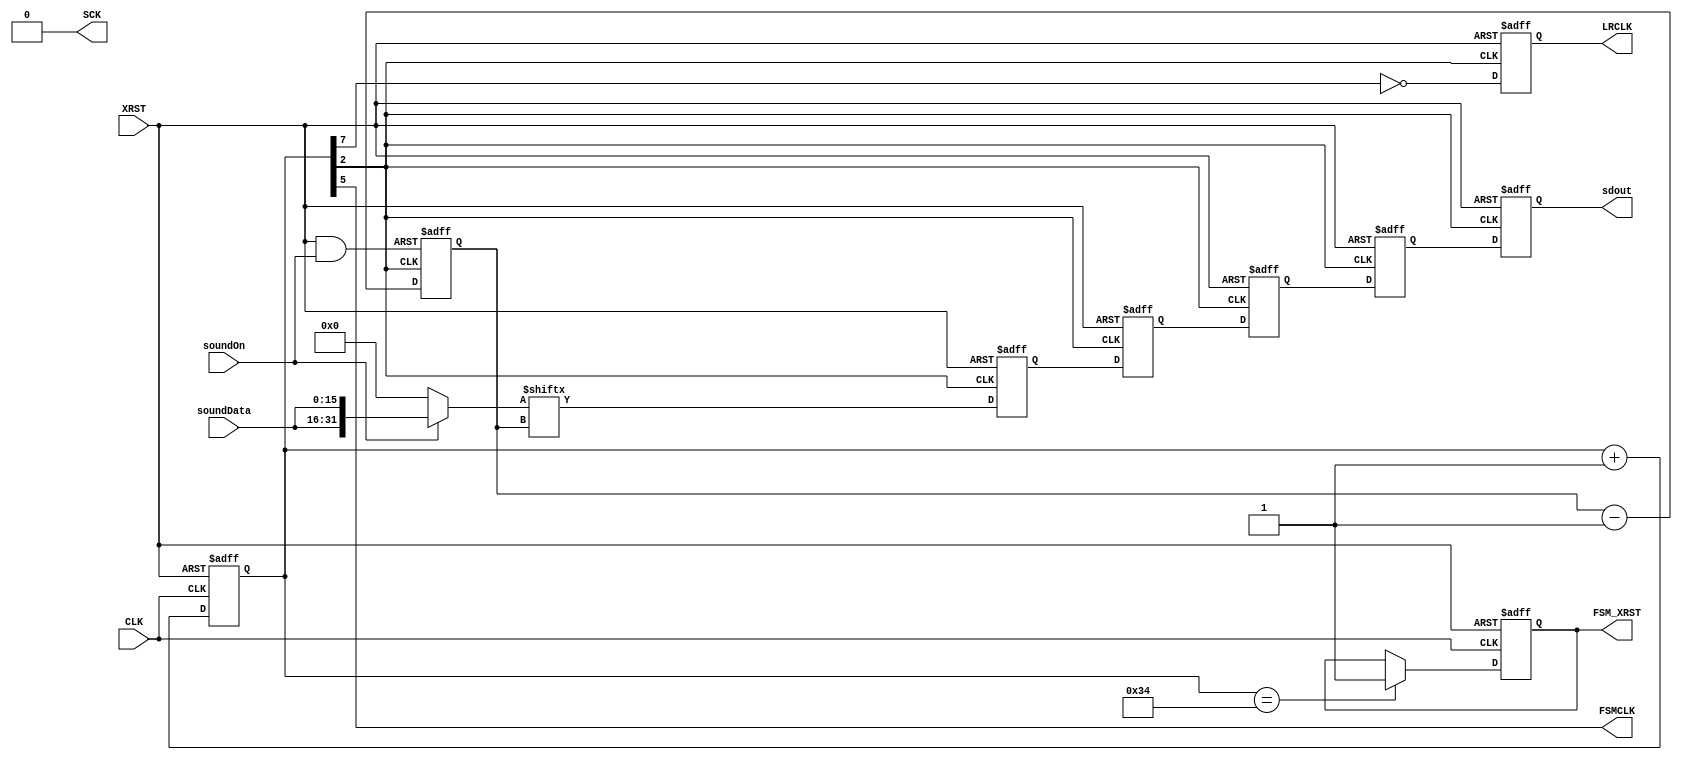
`timescale 1ns/1ns
//
// pararel serial converter
//
module para_seri (
    input CLK,			// 11.2896MHz
    input XRST,
    input wire [15:0] soundData,
    output reg sdout,            // serial sound data
    output reg LRCLK,		// 44.1KHz
    output reg FSMCLK,		// 176.4 KHz
    output reg FSM_XRST,
    input wire soundOn,
    output reg SCK		// 1.41MHz
);
//----------------------------------------------------------------------
reg [7:0] count; // 11.2896MHz free-run counter
                 // 0 -- 5644.8 KHz v}oL
                 // 1 -- 2822.4 KHz
                 // 2 -- 1411.2 KHz (SCLK=BCLK)
		 // 3 --  705.6 KHz
		 // 4 --  352.8 KHz 
		 // 5 --  176.4 KHz (FSMCLK)
		 // 6 --   88.2 KHz
		 // 7 --   44.1 KHz (LRCLK)

/*
vv	v}	
	11.290	        11.2896	MHz
	 5.645	         5.6448	MHz
	 2.8225	         2.8224	MHz
 	 1.41125         1.4112	MHz
       705.625	       705.6	KHz
       352.8125	       352.8	KHz
       176.40625       176.4	KHz
	88.203125       88.2	KHz
	44.1015625      44.1	KHz
*/

wire [31:0] sound;
wire [15:0] lsound, rsound;
reg sdout1, sdout2, sdout3, sdout4;

assign lsound = soundData;
assign rsound = soundData;

reg [4:0] sc;  // 0,1,...,31; serial data position in 32bit data
reg SCLK;		// 1.41MHz

always @(posedge CLK or negedge XRST)
begin
   if (~XRST) begin
      count <= #1 0;
      FSM_XRST <= #1 0;
   end else begin
      count <= #1 count + 1;
      if (count == 'h34)
      FSM_XRST <= #1 1;
   end
end

always @* begin
   SCK <= #1 1'b0;  // Internal Clock Mode
   SCLK <= #1 count[2];
   FSMCLK <= #1 count[5];
end

assign sound = soundOn ? {lsound, rsound}: 0; // sound data

always @(negedge SCLK or negedge XRST)
begin
   if (~XRST) begin
      sdout1 <= #1 0;
      sdout2 <= #1 0;
      sdout3 <= #1 0;
      sdout4 <= #1 0;
      sdout <= #1 0;
      LRCLK  <= #1 0;
   end else begin
      sdout1 <= #1 sound[sc];
      sdout2 <= #1 sdout1;
      sdout3 <= #1 sdout2;
      sdout4 <= #1 sdout3;
      sdout <= #1 sdout4;
      LRCLK <= #1 ~count[7];
   end
end

wire tmpreset;
assign tmpreset = XRST & soundOn;

always @(posedge SCLK or negedge tmpreset)
begin
   if (~tmpreset) begin
      sc <= #1 0;
   end else begin
      sc <= #1 sc - 1; // sound data pointer
   end
end

endmodule